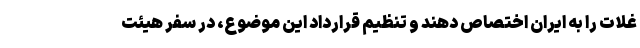
غلات را به ایران اختصاص دهند و تنظیم قرارداد این موضوع، در سفر هیئت